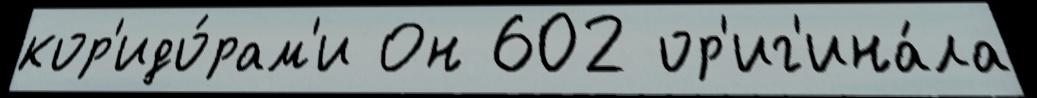
кор'идо́рам'и Он 602 ор'иг'ина́ла